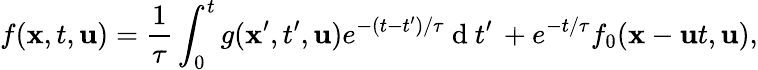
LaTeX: f(\textbf{x},t,\textbf{u})=\frac{1}{\tau}\int_{0}^{t}g(\textbf{x}^{\prime},t^{\prime},\textbf{u})e^{-(t-t^{\prime})/\tau}\mathrm{~d~}t^{\prime}\, +e^{-t/\tau}f_{0}(\textbf{x}-\textbf{u}t,\textbf{u}),